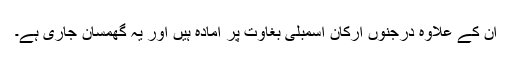
ان کے علاوہ درجنوں ارکان اسمبلی بغاوت پر آمادہ ہیں اور یہ گھمسان جاری ہے۔